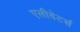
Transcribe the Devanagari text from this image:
एलीवेटर्स